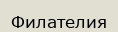
Филателия